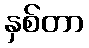
နှစ်တာ